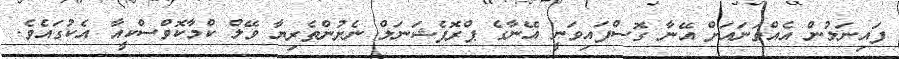
ފައިނަލުން އެއްވަނައަށް އޭނާ ގޮސްފައިވަނީ އޭނާގެ ޕްރޮފެޝަނަލް ނެށުންތެރިޔާ ވޭލް ކްމާކޮވްސްކީއާ އެކުގައެވެ.